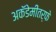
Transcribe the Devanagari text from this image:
अकॅडेमींतर्फे